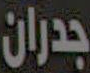
جدران